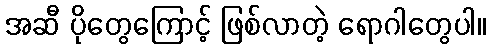
အဆီ ပိုတွေကြောင့် ဖြစ်လာတဲ့ ရောဂါတွေပါ။